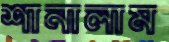
শানালাম